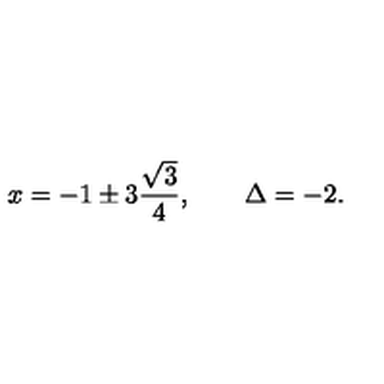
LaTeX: x = - 1 \pm 3 \frac { \sqrt { 3 } } { 4 } , \qquad \Delta = - 2 .